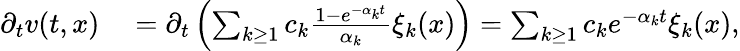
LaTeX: \begin{array}{rl}{\partial_{t}v(t,x)}&{{}=\partial_{t}\left(\sum_{k\geq 1}c_{k}\frac{1-e^{-\alpha_{k}t}}{\alpha_{k}}\xi_{k}(x)\right)=\sum_{k\geq 1}c_{k}e^{-\alpha_{k}t}\xi_{k}(x),}\end{array}